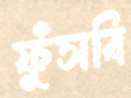
ফুঁসবি